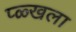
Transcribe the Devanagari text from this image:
प्ळ्खला